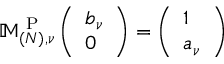
\mathbb { M } _ { ( N ) , \nu } ^ { \mathrm { ~ P ~ } } \left( \begin{array} { l } { b _ { \nu } } \\ { 0 } \end{array} \right) = \left( \begin{array} { l } { 1 } \\ { a _ { \nu } } \end{array} \right)